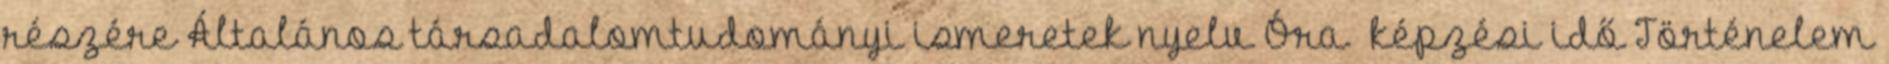
részére Általános társadalomtudományi ismeretek nyelv Óra képzési idő Történelem